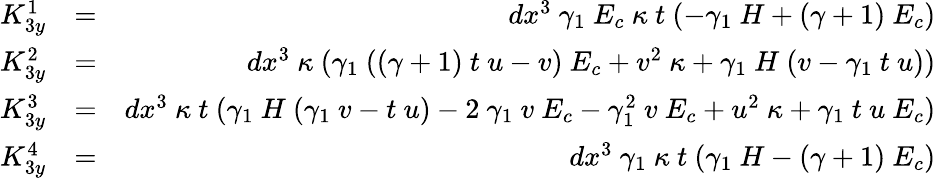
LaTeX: \begin{array}{rlr}{K_{3y}^{1}}&{=}&{dx^{3}~\gamma_{1}~E_{c}~\kappa~t~(-\gamma_{1}~H+(\gamma+1)~E_{c})}\\ {K_{3y}^{2}}&{=}&{dx^{3}~\kappa~(\gamma_{1}~((\gamma+1)~t~u-v)~E_{c}+v^{2}~\kappa+\gamma_{1}~H~(v-\gamma_{1}~t~u))}\\ {K_{3y}^{3}}&{=}&{dx^{3}~\kappa~t~(\gamma_{1}~H~(\gamma_{1}~v-t~u)-2~\gamma_{1}~v~E_{c}-\gamma_{1}^{2}~v~E_{c}+u^{2}~\kappa+\gamma_{1}~t~u~E_{c})}\\ {K_{3y}^{4}}&{=}&{dx^{3}~\gamma_{1}~\kappa~t~(\gamma_{1}~H-(\gamma+1)~E_{c})}\end{array}